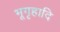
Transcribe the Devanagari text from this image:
भूगृहादि